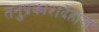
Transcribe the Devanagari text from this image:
तनुप्रकाशदेहाय